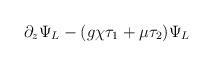
LaTeX: \begin{align*}\partial_z \Psi_L - (g\chi\tau_1 + \mu\tau_2) \Psi_L\end{align*}